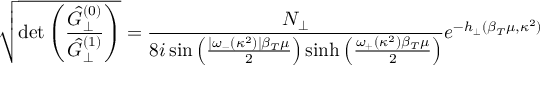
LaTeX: \sqrt { \operatorname * { d e t } \left( \frac { \hat { { \cal G } } _ { \perp } ^ { ( 0 ) } } { \hat { { \cal G } } _ { \perp } ^ { ( 1 ) } } \right) } = \frac { { \cal N } _ { \perp } } { 8 i \sin \left( \frac { | \omega _ { - } ( \kappa ^ { 2 } ) | \beta _ { T } \mu } { 2 } \right) \sinh \left( \frac { \omega _ { + } ( \kappa ^ { 2 } ) \beta _ { T } \mu } { 2 } \right) } e ^ { - h _ { \perp } ( \beta _ { T } \mu , \kappa ^ { 2 } ) }